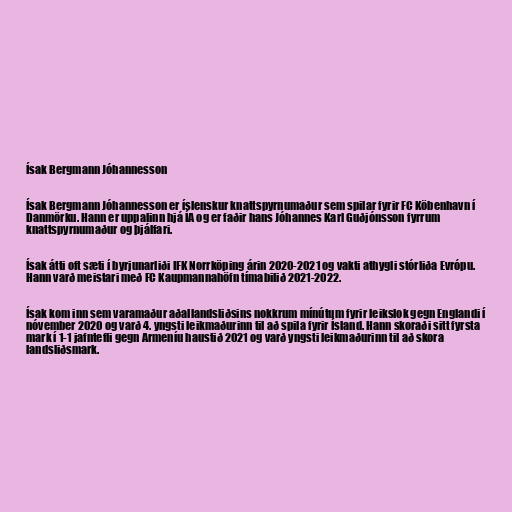
Ísak Bergmann Jóhannesson

Ísak Bergmann Jóhannesson er íslenskur knattspyrnumaður sem spilar fyrir FC Köbenhavn í
Danmörku. Hann er uppalinn hjá ÍA og er faðir hans Jóhannes Karl Guðjónsson fyrrum
knattspyrnumaður og þjálfari.

Ísak átti oft sæti í byrjunarliði IFK Norrköping árin 2020-2021 og vakti athygli stórliða Evrópu.
Hann varð meistari með FC Kaupmannahöfn tímabilið 2021-2022.

Ísak kom inn sem varamaður aðallandsliðsins nokkrum mínútum fyrir leikslok gegn Englandi í
nóvember 2020 og varð 4. yngsti leikmaðurinn til að spila fyrir Ísland. Hann skoraði sitt fyrsta
mark í 1-1 jafntefli gegn Armeníu haustið 2021 og varð yngsti leikmaðurinn til að skora
landsliðsmark.